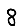
Digit: 8